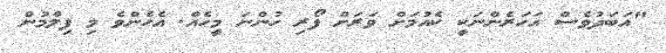
"އަބަދުވެސް އަހަރެންނަކީ ކެއުމަށް ވަރަށް ފޯރި ހުންނަ މީހެއް. އެހެންވެ މި ފިލްމުން